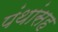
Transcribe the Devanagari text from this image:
पंथांसह